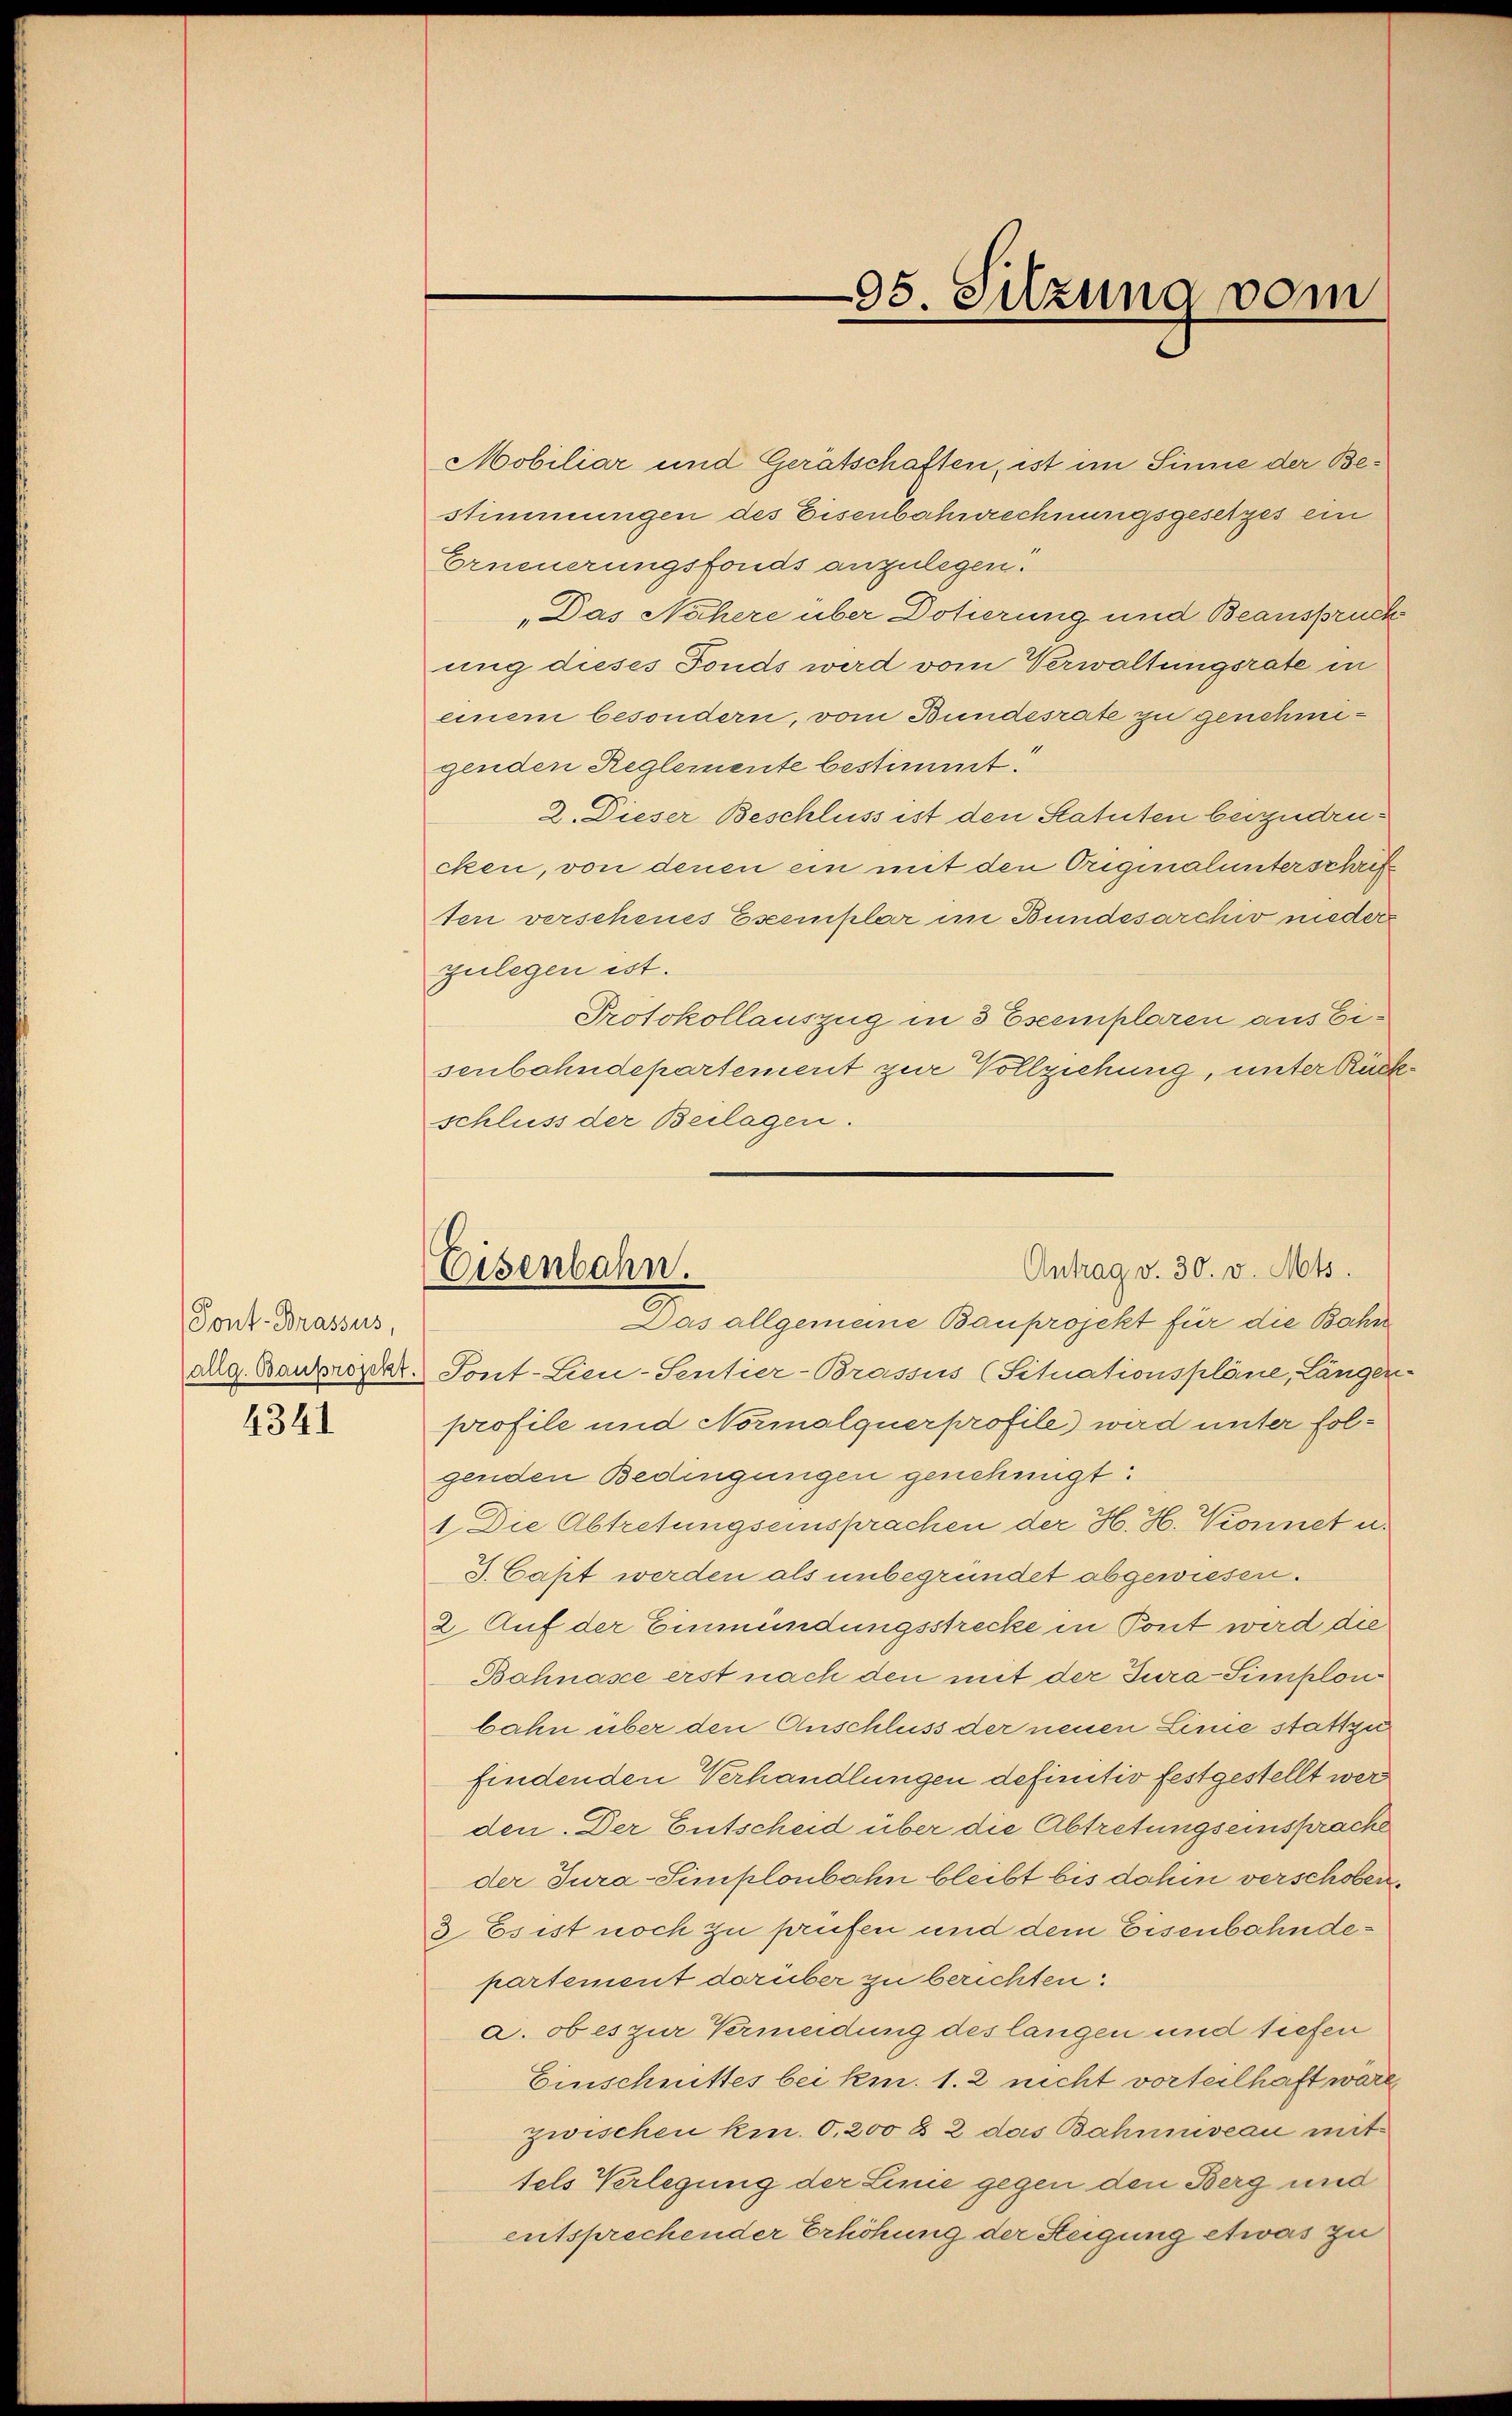
Pont-Brassus,
(allg. Bauprojekt.
4341

Mobiliar und Gerätschaften, ist im Sinne der Bestimmungen des Eisenbahnrechnungsgesetzes ein
Erneuerungsfonds anzulegen.
„Das Nähere über Dotierung und Beansprück
ung dieses Fonds wird vom Verwaltungsrate in
einem besondern, vom Bundesrate zu genehmigenden Reglemente bestimmt.
2. Dieser Beschluss ist den Statuten beizudeucken, von denen ein mit den Originalunterschrift
ten verschenes Eseemplar im Bundesarchiv nieder
zulegen ist.
Protokollauszug in 3 Esemplaren aus Eisenbahndepartement zur Vollziehung, unter Rückschluss der Beilagen.
Tont-Lieu-Sentier-Brassus (Situationspläne, Längen
profile und Normalquerprofile) wird unter folgenden Bedingungen genehmigt:
1. Die Abtretungseinsprachen der H. H. Konnet u.
S. Cast werden als unbegründet abgewiesen.
2. Auf der Einmündungsstrecke in Pont wird die
Bohnasce erst nach den mit der Tura-Simplonbahn über den Anschluss der neuen Linie stattzu
findenden Verhandlungen definitiv festgestellt werden. Der Entscheid über die Abtretungseinsprache
der Jura-Simplonbahn bleibt bis dahin verschoben,
3 Es ist noch zu prüfen und dem Eisenbahndepartement darüber zu berichten
a. ob es zur Vermeidung des langen und tiefen
Einschnittes bei km. 1. 2 nicht vorteilhaft wäre,
zwischen kmn. 0,200 § 2 das Bahnuveau mit
tels Verlegung der Linie gegen den Berg und
entsprechender Erhöhung der Steigung etwas zu

95. Silzung vom

Eisenbahn.
Antrag v. 30. v. Mts.
Das allgemeine Bauprojekt für die Bahn